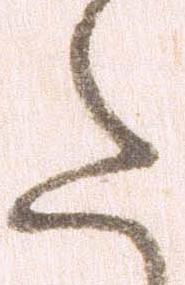
た